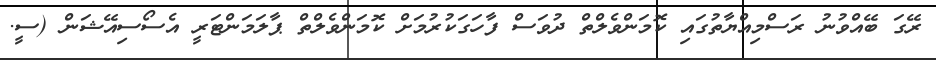
ރޭގަ ބޭއްވުނު ރަސްމިއްޔާތުގައި ކޮމަންވެލްތް ދުވަސް ފާހަގަކުރުމަށް ކޮމަންވެލްތް ޕާލަމަންޓަރީ އެސޯސިއޭޝަން (ސީ.